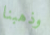
وذهبنا